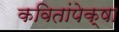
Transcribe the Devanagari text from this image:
कवितांपेक्षा